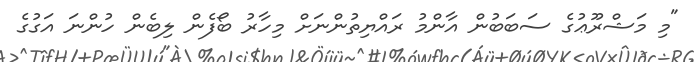
"މި މަޝްރޫޢުގެ ސަބަބުން އާންމު ރައްޔިތުންނަށް މިހާރު ބޯފެން ލިބެން ހުންނަ އަގުގެ